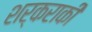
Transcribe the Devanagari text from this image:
शर्कराकी